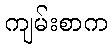
ကျမ်းစာက